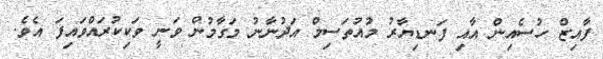
ފާއިޒް ހުސެއިން އާއި ފަނޑިޔާރު މުއުތަސިމް އަދުނާނު މަގާމުން ވަނީ ވަކިކުރައްވައިފަ އެވެ.